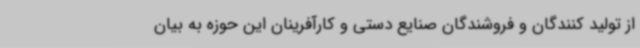
از تولید کنندگان و فروشندگان صنایع دستی و کارآفرینان این حوزه به بیان